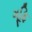
ગૂફિ